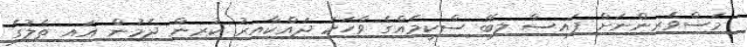
މަސްވެރިންނަށް ފައިސާ ލިބޭ ސްކީމެއްގެ ވާހަކަ ދައްކާއިރު ކުރިން ދެމުން އައި ތެލުގެ